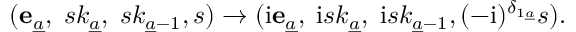
( { \bf e } _ { \underline { { a } } } , \; s k _ { \underline { { a } } } , \; s k _ { { \underline { { a } } } - 1 } , s ) \to ( \mathrm { i } { \bf e } _ { \underline { { a } } } , \; \mathrm { i } s k _ { \underline { { a } } } , \; \mathrm { i } s k _ { { \underline { { a } } } - 1 } , ( - \mathrm { i } ) ^ { \delta _ { 1 { \underline { { a } } } } } s ) .